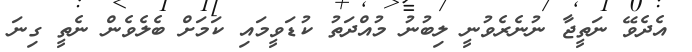
އެދެވޭ ނަތީޖާ ނުނެރެވުނީ ލިބުނު މުއްދަތު ކުޑަވީމައި ކަމަށް ބެލެވެން ނެތީ ގިނަ